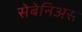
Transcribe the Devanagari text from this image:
सेबेनिअस